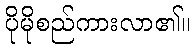
ပိုမိုစည်ကားလာ၏။